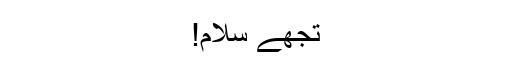
تجھے سلام!